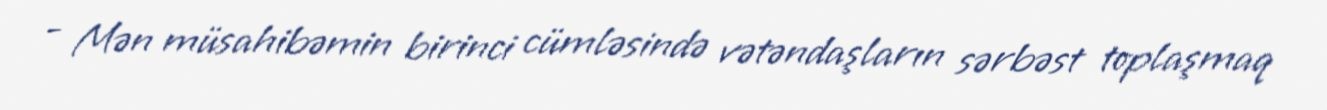
- Mən müsahibəmin birinci cümləsində vətəndaşların sərbəst toplaşmaq